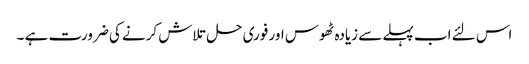
اس لئے اب پہلے سے زیادہ ٹھوس اور فوری حل تلاش کرنے کی ضرورت ہے ۔